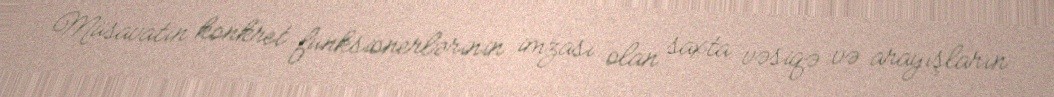
Müsavatın konkret funksionerlərinin imzası olan saxta vəsiqə və arayışların